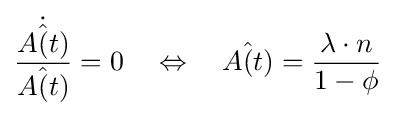
{\frac {\dot {\hat {A(t)}}}{\hat {A(t)}}}=0\quad \Leftrightarrow \quad {\hat {A(t)}}={\frac {\lambda \cdot n}{1-\phi }}